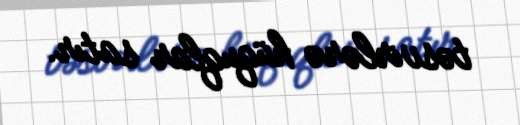
təsvirlərə hüquqlar satır.